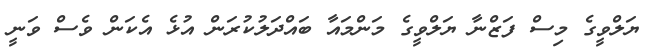
ޔަލްވީގެ މިސް ފަޒްނާ ޔަލްވީގެ މަންމައާ ބައްދަލުކުރަން އުޅެ އެކަން ވެސް ވަނީ